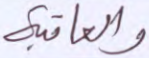
والعاقبة